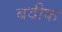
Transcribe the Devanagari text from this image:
बदीक